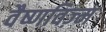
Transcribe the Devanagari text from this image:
वैष्णविज़्म